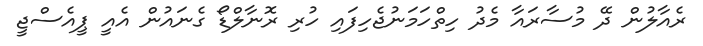
ރެއާލުން ދޭ މުސާރައާ މެދު ހިތްހަމަނުޖެހިފައި ހުރި ރޮނާލްޑޯ ގެނައުން އެއީ ޕީއެސްޖީ